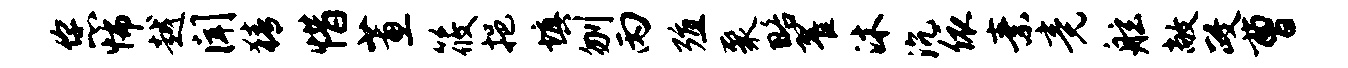
您怖越闻猜惜蕙筱挹填刎丙殖聚略翟沐沉依素竟舷敞政曹